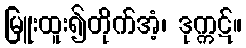
မြူးထူး၍တိုက်အံ့၊ ဒုက္ကဋ်။